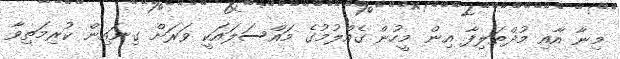
މިނާ އާއި މުޛްތަލިފާ އިން މީހުން ގެއްލުމުގެ މައްސަލައަކީ ވަރަށް ގިނައިން ކުރިމަތިވާ